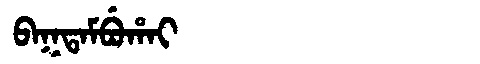
Manchu: ᠪᠠᡴᡨᠠᠮᠪᡠᡥᠠᡳ
Romanization: BAKTAMBUHAI